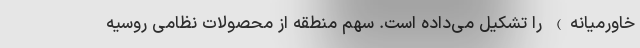
خاورمیانه) را تشکیل می‌داده است. سهم منطقه از محصولات نظامی روسیه